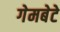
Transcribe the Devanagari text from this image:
गेमबेटे